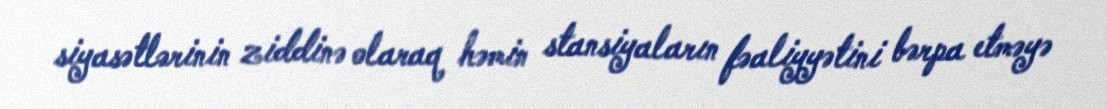
siyasətlərinin ziddinə olaraq həmin stansiyaların fəaliyyətini bərpa etməyə